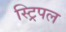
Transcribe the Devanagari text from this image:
स्ट्रिपल